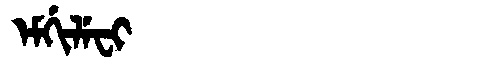
Manchu: ᡝᠮᡤᡳᠯᡝᠸᡳ
Romanization: EMGILEFI